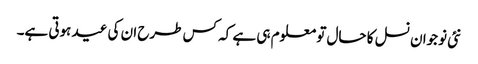
نئی نوجوان نسل کا حال تو معلوم ہی ہے کہ کس طرح ان کی عید ہوتی ہے۔